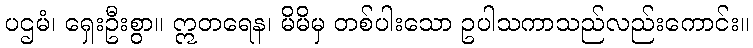
ပဌမံ၊ ရှေးဦးစွာ။ ဣတရေန၊ မိမိမှ တစ်ပါးသော ဥပါသကာသည်လည်းကောင်း။